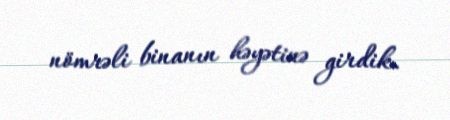
nömrəli binanın həyətinə girdik.